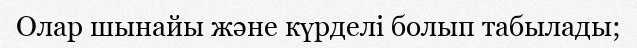
Олар шынайы және күрделі болып табылады;